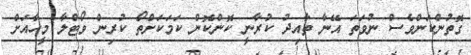
ގޮތުންކަންވެސް ނުވަތަ އޭނާ ތާއިދު ކުރާނީ ކޮންކޮން ކަމަކަށްތޯ ކުރިން ވޯޓްލާ މީހާއަށް